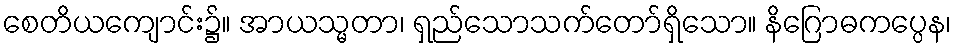
စေတိယကျောင်း၌။ အာယသ္မတာ၊ ရှည်သောသက်တော်ရှိသော။ နိဂြောဓကပ္ပေန၊